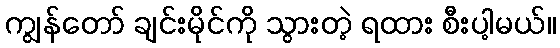
ကျွန်တော် ချင်းမိုင်ကို သွားတဲ့ ရထား စီးပါ့မယ်။